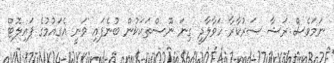
ނަމަވެސް ރަޝާ ސަރުކާރާ ހަވާލާދީ ގިނަ ނޫސްތަކަކުން ބުނެފައި ވަނީ އެގައުމުގެ ޕައިލޮޓް